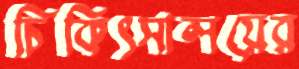
চিকিৎসালয়ের